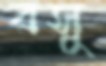
বসু